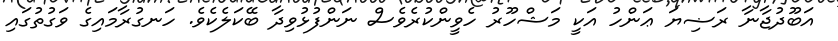
އަބޫދުޖާނާ ރަޟިޔަ ޢަންހު އަކީ މަޝްހޫރު ހެވީންކުރެވެސް ނަންފުޅުވިދާ ބޭކަލެކެވެ. ހަނގުރާމައިގެ ވަގުތުގައި